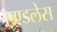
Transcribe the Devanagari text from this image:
एण्डलेस